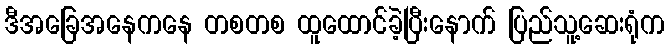
ဒီအခြေအနေကနေ တစတစ ထူထောင်ခဲ့ပြီးနောက် ပြည်သူ့ဆေးရုံက